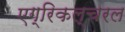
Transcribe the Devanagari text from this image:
एग्रिकल्चरल